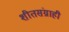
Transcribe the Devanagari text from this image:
शीतसंग्राही